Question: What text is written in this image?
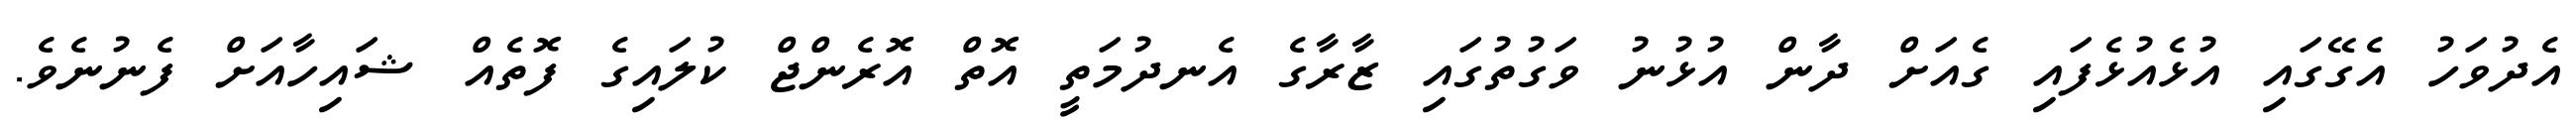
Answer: އެދުވަހު އެގޭގައި އުޅެއުޅެފައި ގެއަށް ދާން އުޅުނު ވަގުތުގައި ޒާރާގެ އެނދުމަތީ އޮތް އޮރެންޖް ކުލައިގެ ފޮތެއް ޝައިހާއަށް ފެނުނެވެ.